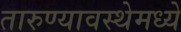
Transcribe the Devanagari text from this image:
तारुण्यावस्थेमध्ये